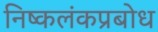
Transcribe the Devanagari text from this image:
निष्कलंकप्रबोध